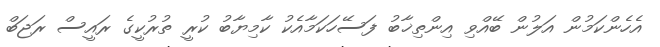
އެހެންކަމުން އަލުން ބޭއްވި އިންތިޚާބު ފަސޭހަކަމާއެކު ކާމިޔާބު ކުރީ ތުރުކީގެ ރައީސް ރަޖަބް